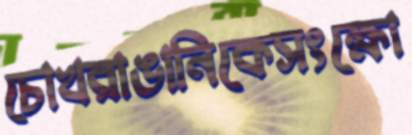
চোখরাঙানিকেসংক্ষো